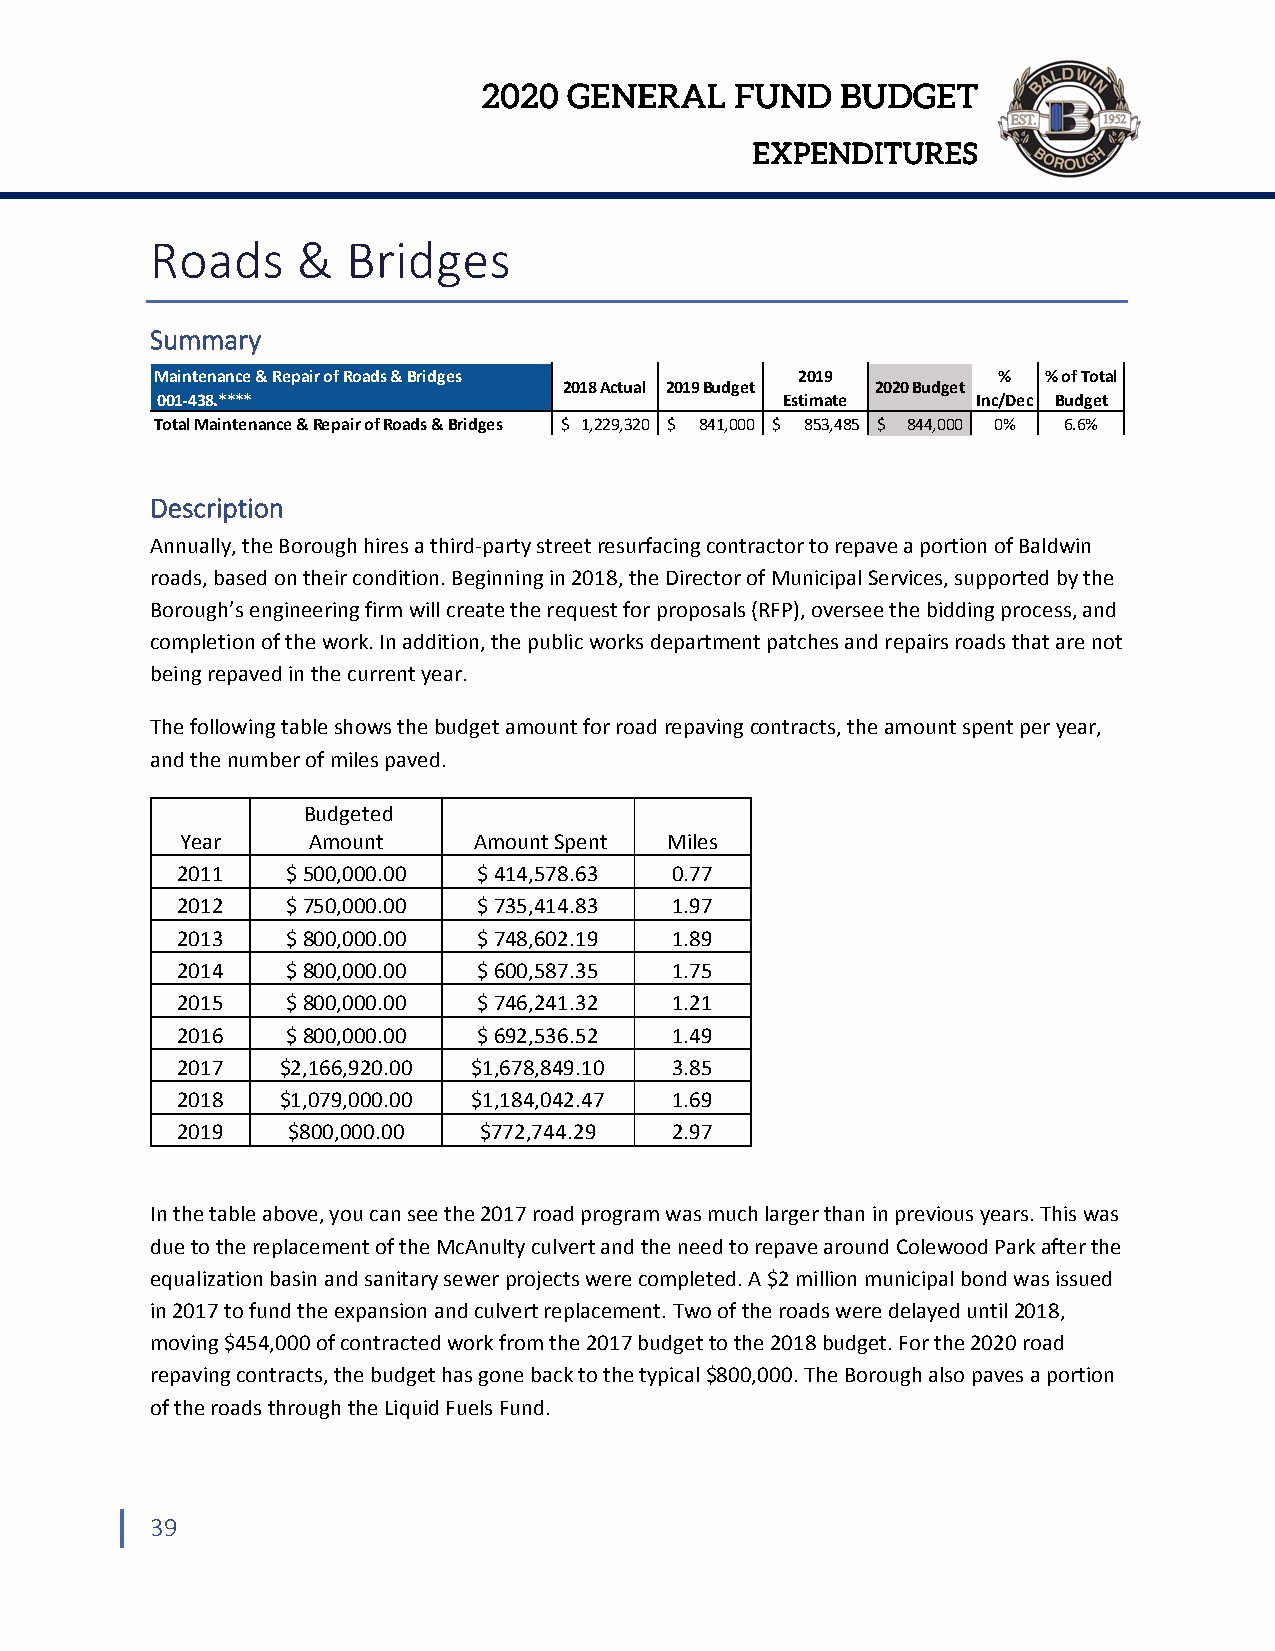
2020  GENERAL    FUND   BUDGET
 EXPENDITURES
 Roads     &  Bridges
 Summary
 Maintenance & Repair of Roads & Bridges    2019         %  % of Total
 2018 Actual 2019 Budget 2020 Budget
 001‐438.****                              Estimate     Inc/Dec Budget
 Total Maintenance & Repair of Roads & Bridges $ 1,229,320 $ 841,000 $ 853,485 $ 844,000 0% 6.6%
 Description
 Annually, the Borough hires a third‐party street resurfacing contractor to repave a portion of Baldwin
 roads, based on their condition. Beginning in 2018, the Director of Municipal Services, supported by the
 Borough’s engineering firm will create the request for proposals (RFP), oversee the bidding process, and
 completion of the work. In addition, the public works department patches and repairs roads that are not
 being repaved in the current year.
 The following table shows the budget amount for road repaving contracts, the amount spent per year,
 and the number of miles paved.
 Budgeted
 Year    Amount     Amount Spent Miles
 2011   $ 500,000.00 $ 414,578.63 0.77
 2012   $ 750,000.00 $ 735,414.83 1.97
 2013   $ 800,000.00 $ 748,602.19 1.89
 2014   $ 800,000.00 $ 600,587.35 1.75
 2015   $ 800,000.00 $ 746,241.32 1.21
 2016   $ 800,000.00 $ 692,536.52 1.49
 2017   $2,166,920.00 $1,678,849.10 3.85
 2018   $1,079,000.00 $1,184,042.47 1.69
 2019   $800,000.00  $772,744.29 2.97
 In the table above, you can see the 2017 road program was much larger than in previous years. This was
 due to the replacement of the McAnulty culvert and the need to repave around Colewood Park after the
 equalization basin and sanitary sewer projects were completed. A $2 million municipal bond was issued
 in 2017 to fund the expansion and culvert replacement. Two of the roads were delayed until 2018,
 moving $454,000 of contracted work from the 2017 budget to the 2018 budget. For the 2020 road
 repaving contracts, the budget has gone back to the typical $800,000. The Borough also paves a portion
 of the roads through the Liquid Fuels Fund.
 39